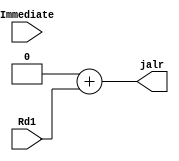
`timescale 1ns / 1ps
//////////////////////////////////////////////////////////////////////////////////
// Company: EECS 581 Team 11
// 
// Design Name: 
// Module Name: jalr
// Project Name: 
// Target Devices: 
// Tool Versions: 
// Description: Adds the immediate and Read Data 1 values to generate JALR.
// 
// Dependencies: 
// 
// Revision:
// Revision 0.01 - File Created
// Additional Comments:
// 
//////////////////////////////////////////////////////////////////////////////////


module jalr(
    input [31:0] Immediate,
    input [31:0] Rd1, // read data 1
    output [31:0] jalr
    );
    reg[31:0] result;
    reg[31:0] imd_shft; // Holds the left-shifted (by 1) value of Immediate.
    assign imd_shift = Immediate << 1; 
    assign jalr = result;
    always @(*)
    begin
        result = imd_shift + Rd1;
    end
endmodule